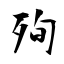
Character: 殉